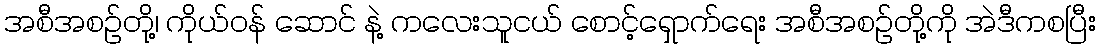
အစီအစဉ်တို့၊ ကိုယ်ဝန် ဆောင် နဲ့ ကလေးသူငယ် စောင့်ရှောက်ရေး အစီအစဉ်တို့ကို အဲဒီကစပြီး